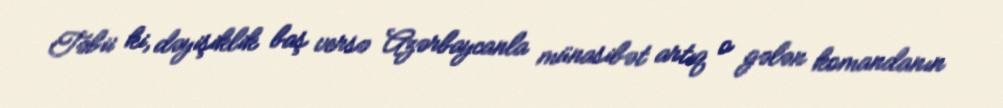
Təbii ki, dəyişiklik baş versə Azərbaycanla münasibət artıq o gələn komandanın